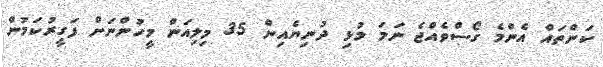
ކަންތަައް އެންމެ ގޯސްވެއްޖެ ނަމަ މުޅި ދުނިޔެއިން 35 މިލިއަން މީހުންނަށް ފަގީރުކަމުން